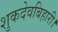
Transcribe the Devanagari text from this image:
शुकदेवबिहारी।